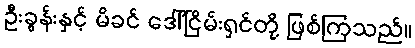
ဦးခွန်းနှင့် မိခင် ဒေါ်ငြိမ်းရှင်တို့ ဖြစ်ကြသည်။